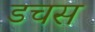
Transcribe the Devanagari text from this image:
डचस